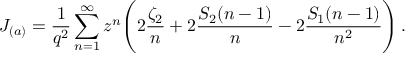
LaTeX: J _ { ( a ) } = \frac { 1 } { q ^ { 2 } } \sum _ { n = 1 } ^ { \infty } z ^ { n } \Biggl ( 2 \frac { \zeta _ { 2 } } { n } + 2 \frac { S _ { 2 } ( n - 1 ) } { n } - 2 \frac { S _ { 1 } ( n - 1 ) } { n ^ { 2 } } \Biggr ) \, .